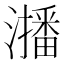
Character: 𭳐